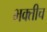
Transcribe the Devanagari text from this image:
भक्तीच